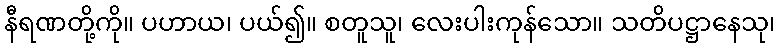
နီရဏတို့ကို။ ပဟာယ၊ ပယ်၍။ စတူသူ၊ လေးပါးကုန်သော။ သတိပဋ္ဌာနေသု၊